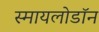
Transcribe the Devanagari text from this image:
स्मायलोडॉन